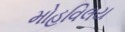
મોહવિલય